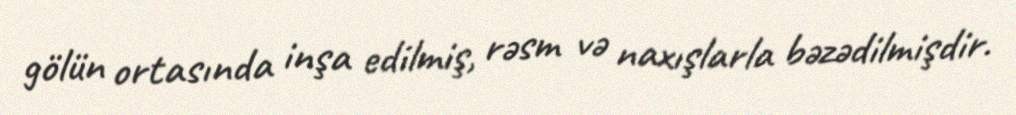
gölün ortasında inşa edilmiş, rəsm və naxışlarla bəzədilmişdir.